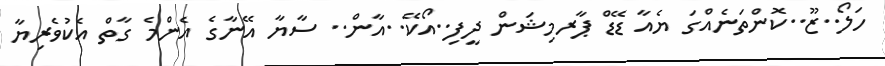
ހަލޯ..ޒޫ..ކޮންތަނެއްގަ ޔެއާ ޑޭޑް ޕާރމިޝަން ދީފި..އޯކޭ..އާން.. ސާޔާ އޭނާގެ އެންމެ ގާތް އެކުވެރިޔާ